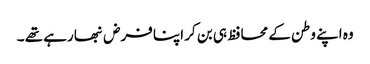
وہ اپنے وطن کے محافظ ہی بن کر اپنا فرض نبھا رہے تھے ۔